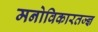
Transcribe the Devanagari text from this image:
मनोविकारतज्‍ज्ञ